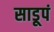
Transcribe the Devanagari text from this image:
साडूपं